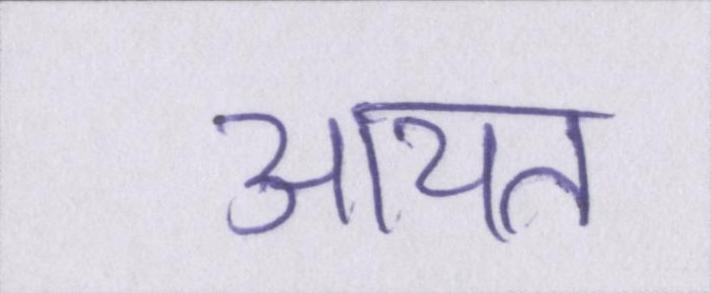
आयत